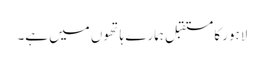
لاہور کا مستقبل ہمارے ہاتھوں میں ہے۔